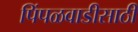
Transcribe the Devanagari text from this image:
पिंपळवाडीसाठी